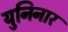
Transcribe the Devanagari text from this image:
युनिनार